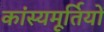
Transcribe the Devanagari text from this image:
कांस्यमूर्तियों